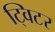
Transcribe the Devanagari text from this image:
ट्विटर